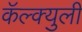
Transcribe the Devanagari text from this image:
कॅल्क्युली